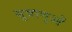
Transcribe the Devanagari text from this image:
सूत्राणुओं